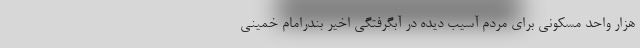
هزار واحد مسکونی برای مردم آسیب دیده در آبگرفتگی اخیر بندرامام خمینی